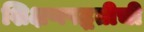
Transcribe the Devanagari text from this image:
शिक्षणपद्धतीची